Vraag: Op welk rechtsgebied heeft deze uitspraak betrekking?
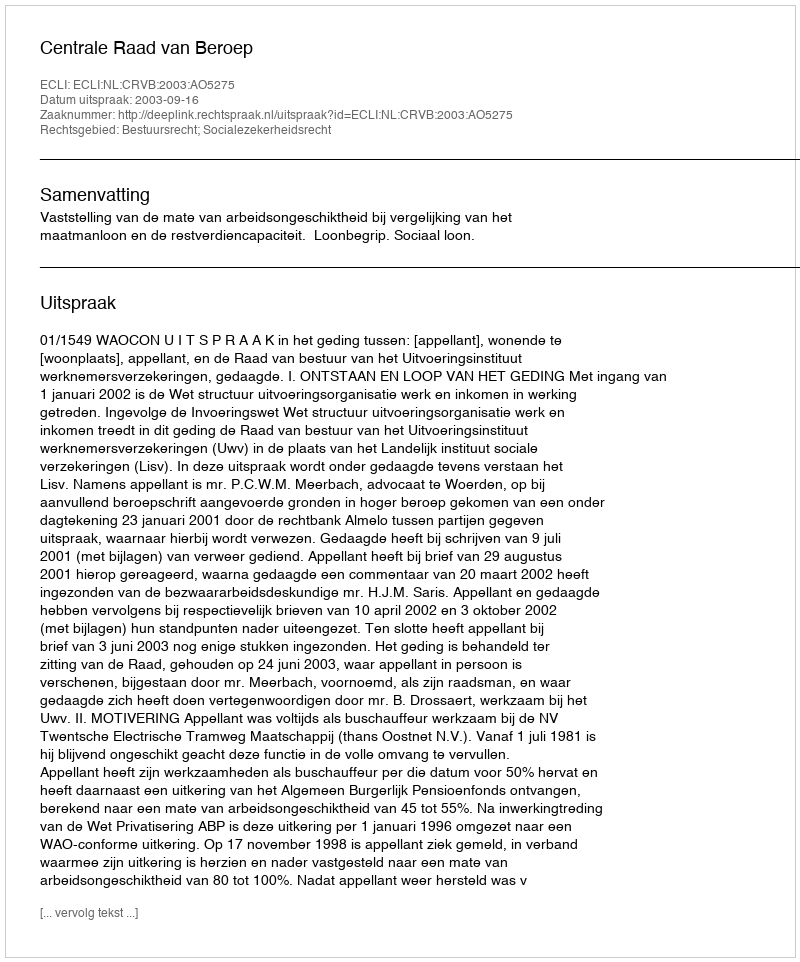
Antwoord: Bestuursrecht; Socialezekerheidsrecht